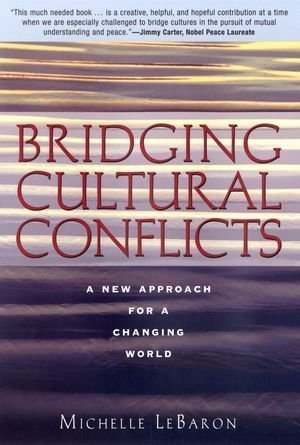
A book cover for Bridging Cultural Conflicts: A New Approach for a Changing World by Michelle LeBaron (April 7 2003); Law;